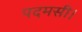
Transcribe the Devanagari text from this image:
पदमसी।